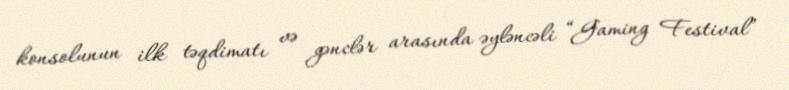
konsolunun ilk təqdimatı və gənclər arasında əyləncəli “Gaming Festival”